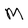
Character: M